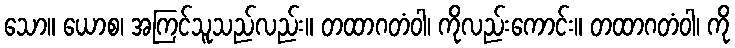
သော။ ယောစ၊ အကြင်သူသည်လည်း။ တထာဂတံဝါ၊ ကိုလည်းကောင်း။ တထာဂတံဝါ၊ ကို